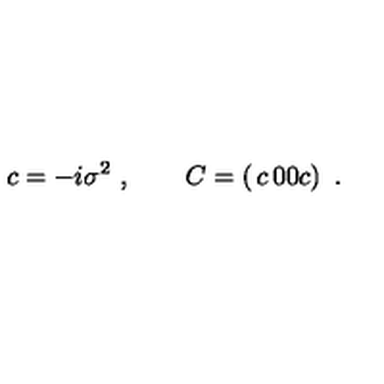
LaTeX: c = - i \sigma ^ { 2 } \ , \qquad C = \left( \begin{matrix} { c } & { 0 } \\ { 0 } & { c } \\ \end{matrix} \right) \ .